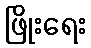
ဖြိုးရေး